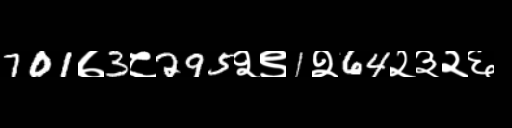
Text: 701७3८295२९1२64२३२६